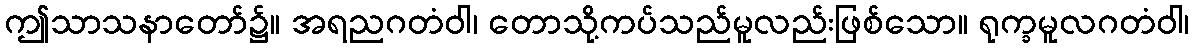
ဤသာသနာတော်၌။ အရညဂတံဝါ၊ တောသို့ကပ်သည်မူလည်းဖြစ်သော။ ရုက္ခမူလဂတံဝါ၊